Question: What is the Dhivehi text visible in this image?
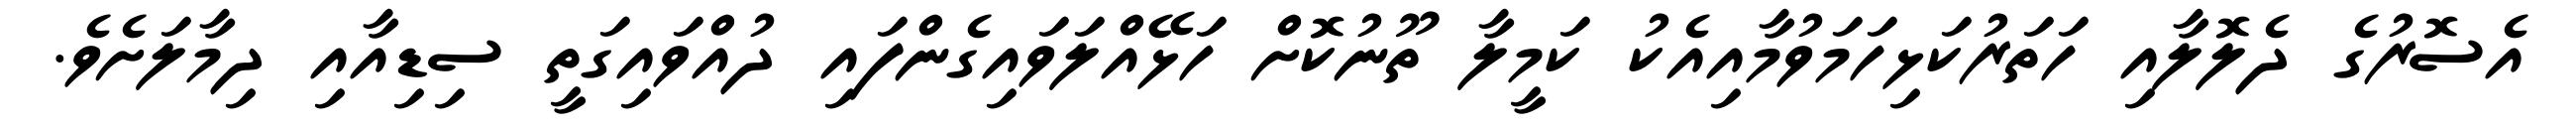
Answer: އެސޮރުގެ ދެލޮލާއި ހަތަރުކަޅިހަމަވުމާއިއެކު ކަމީލާ ތޫނުކޮށް ހަޅޭއްލަވައިގެންފައި ދުއްވައިގަތީ ސިޑިއާއި ދިމާލަށެވެ.